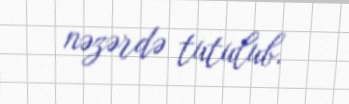
nəzərdə tutulub.